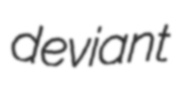
deviant